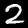
Digit: 2